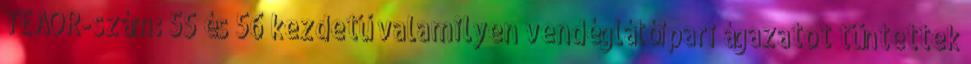
TEÁOR-szám: 55 és 56 kezdetű valamilyen vendéglátóipari ágazatot tüntettek